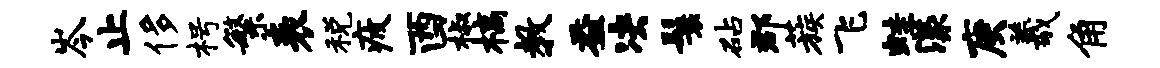
岑止侈枵繁表税疲酉椒槁教益决鬟砧郡蔟飞蛙漾庚羲角